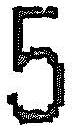
5